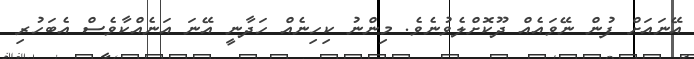
އޭނައަށް ފުން ނޭވައެއް ދޫކޮށްލެވުނެވެ. މިންނު ކިހިނެއް ހަދާނީ އޭނަ އަނެއްކާވެސް އެބަހުރި